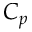
C _ { p }